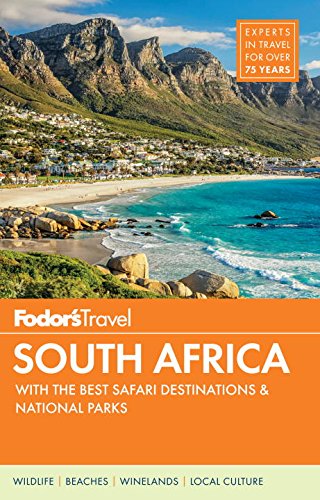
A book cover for Fodor's South Africa: with the Best Safari Destinations (Travel Guide); Fodor's; Travel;